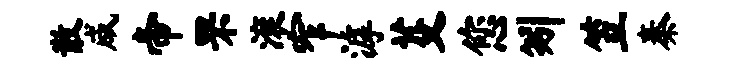
散咸帝罘滚窄滹芟您矧笠秦